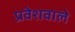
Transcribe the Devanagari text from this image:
प्रवेशवाले